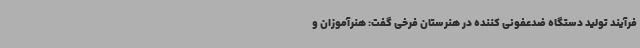
فرآیند تولید دستگاه ضدعفونی کننده در هنرستان فرخی گفت: هنرآموزان و